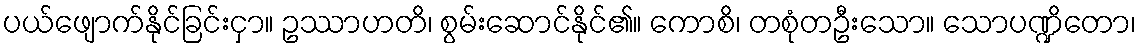
ပယ်ဖျောက်နိုင်ခြင်းငှာ။ ဥဿာဟတိ၊ စွမ်းဆောင်နိုင်၏။ ကောစိ၊ တစုံတဦးသော။ သောပဏ္ဍိတော၊